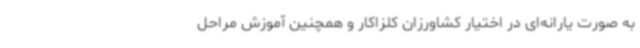
به صورت یارانه‌ای در اختیار کشاورزان کلزاکار و همچنین آموزش مراحل